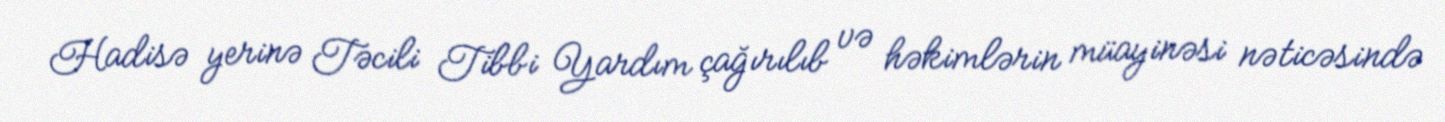
Hadisə yerinə Təcili Tibbi Yardım çağırılıb və həkimlərin müayinəsi nəticəsində